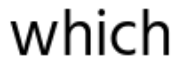
which